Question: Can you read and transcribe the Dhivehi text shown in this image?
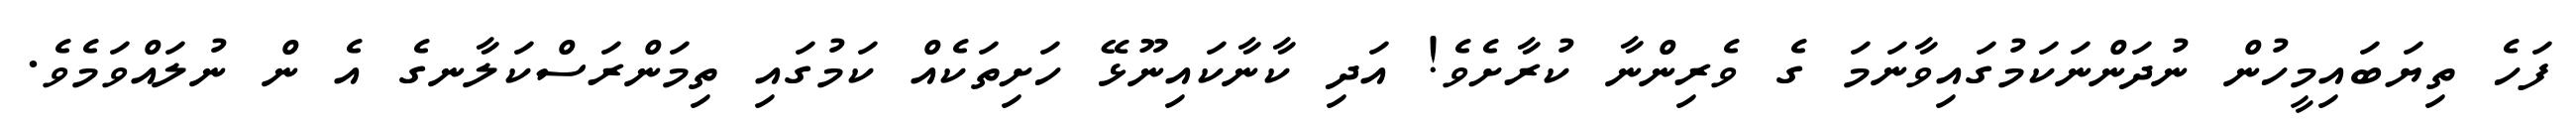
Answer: ފަހެ ތިޔަބައިމީހުން ނުދަންނަކަމުގައިވާނަމަ ގެ ވެރިންނާ ކުރާށެވެ! އަދި ކާނާކައިނޫޅޭ ހަށިތަކެއް ކަމުގައި ތިމަންރަސްކަލާނގެ އެ ން ނުލައްވަމެވެ.